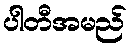
ပါတီအမည်